Statistics compiled by the Government of India from the reports of provincial Civil Veterinary Departments
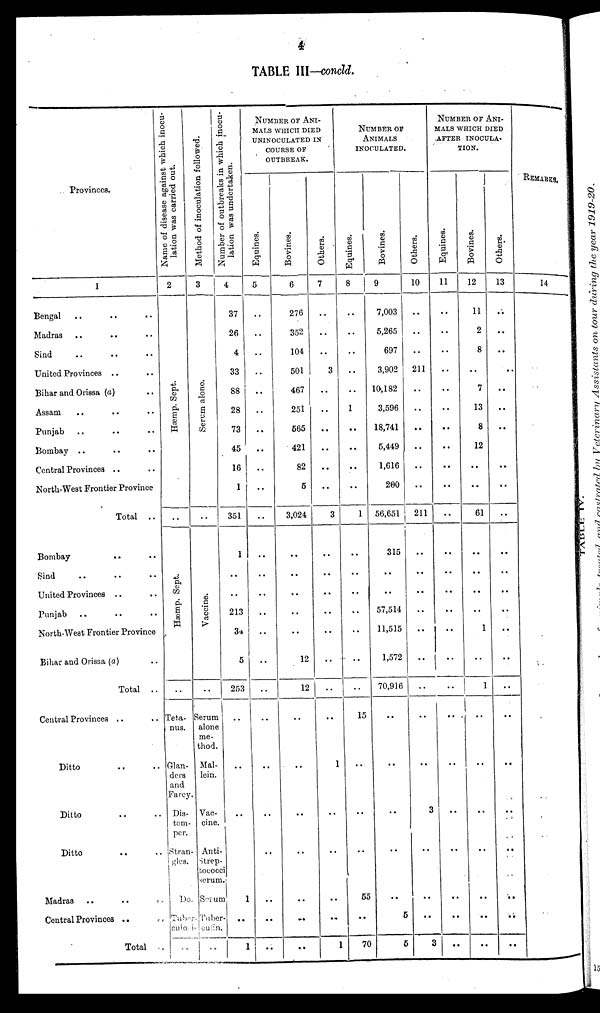
4
TABLE III-concld.
Provinces.
1
Bengal .. .. ..
Madras .. .. ..
Sind .. .. ..
United Provinces .. ..
Bihar and Orissa (a) ..
Assam .. .. ..
Punjab .. .. ..
Bombay .. .. ..
Central Provinces .. ..
North-West Frontier Province
Total ..
Bombay
..
..
Sind .. .. ..
United Provinces .. ..
Punjab .. .. ..
North-West Frontier Province
Bihar and Orissa (a) ..
Total ..
Central Provinces .. ..
Ditto .. ..
Ditto .. ..
Ditto .. ..
Madras .. .. ..
Central Provinces .. ..
Total
..
Name of disease against which inocu-
lation was carried out.
2
Hæmp . Sept .
Hæmp.
Sept .
..
Teta-
nus.
Glan-
ders
and
Farcy.
Dis-
tem-
per.
Stran-
gles.
Do.
Taber-
culo is
..
Method of inoculation followed.
3
Se r
um a lone .
..
Va c c i
ne .
..
Serum
alone
me-
thod.
Mal-
lein.
Vac-
cine.
Anti-
Strep-
tococc
serum
Serum
Tuber
culin.
..
Number of outbreaks in which inocu-
lation was undertaken.
4
37
26
4
33
88
28
73
45
16
1
351
1
..
..
213
34
5
253
..
..
..
..
1
..
1
NUMBER OF ANI-
MALS WHICH DIED
UNINOCULATED IN
COURSE OF
OUTBREAK.
Equines.
5
..
..
..
..
..
..
..
..
..
..
..
..
..
..
..
..
..
..
..
..
..
..
..
..
..
Bovines.
6
276
352
104
501
467
251
665
421
82
5
3,024
..
..
..
..
..
12
12
..
..
..
..
..
..
..
Others.
7
..
..
..
3
..
..
..
..
..
..
3
..
..
..
..
..
..
..
..
1
..
..
..
..
1
NUMBER OF
ANIMALS
INOCULATED.
Equines.
8
..
..
..
..
..
1
..
..
..
..
1
..
..
..
..
..
..
..
15
..
..
..
55
..
70
Bovines.
9
7,003
5,265
697
3,902
10,182
3,596
18,741
5,449
1,616
200
56,651
315
..
..
57,514
11,515
1,572
70,916
..
..
..
..
..
5
5
Others.
10
..
..
..
211
..
..
..
..
..
..
211
..
..
..
..
..
..
..
..
..
3
..
..
..
3
NUMBER OF ANI-
MALS WHICH DIED
AFTER INOCULA-
TION.
Equines.
11
..
..
..
..
..
..
..
..
..
..
..
..
..
..
..
..
..
..
..
..
..
..
..
..
..
Bovines.
12
11
2
8
..
7
13
8
12
..
..
61
..
..
..
..
1
..
1
..
..
..
..
..
..
..
Others.
13
..
..
..
..
..
..
..
..
..
..
..
..
..
..
..
..
..
..
..
..
..
..
..
..
REMARKS.
14